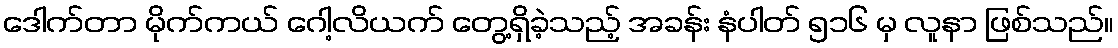
ဒေါက်တာ မိုက်ကယ် ဂေါ့လိယက် တွေ့ရှိခဲ့သည့် အခန်း နံပါတ် ၅၁၆ မှ လူနာ ဖြစ်သည်။